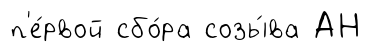
п'е́рвой сбо́ра созы́ва АН